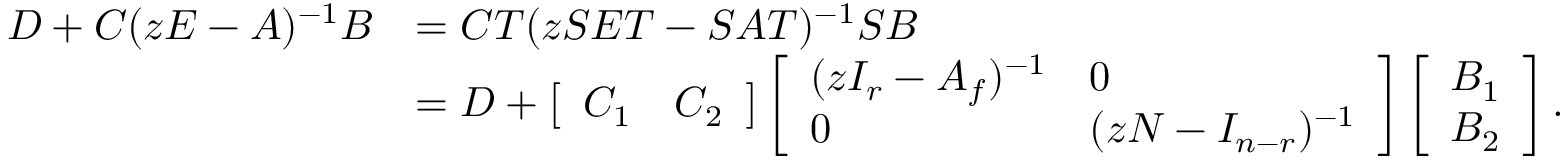
\begin{array} { r l } { D + C ( z E - A ) ^ { - 1 } B } & { = C T ( z S E T - S A T ) ^ { - 1 } S B } \\ & { = D + \left[ \begin{array} { l l } { C _ { 1 } } & { C _ { 2 } } \end{array} \right] \left[ \begin{array} { l l } { ( z I _ { r } - A _ { f } ) ^ { - 1 } } & { 0 } \\ { 0 } & { ( z N - I _ { n - r } ) ^ { - 1 } } \end{array} \right] \left[ \begin{array} { l } { B _ { 1 } } \\ { B _ { 2 } } \end{array} \right] . } \end{array}